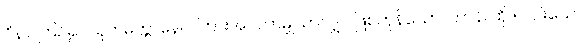
ဝိနာ၊ ကြဉ်၍။ သုတမတ္တာနေဝ၊ ကြားအပ်ကာမျှသာလျှင် ဖြစ်ကုန်သော။ တာနိ၊ ထို ၅-ပါးသော